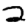
Digit: 2